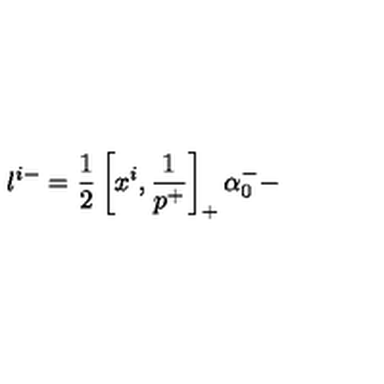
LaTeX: l ^ { i - } = \frac { 1 } { 2 } \left[ x ^ { i } , \frac { 1 } { p ^ { + } } \right] _ { + } \alpha _ { 0 } ^ { - } -